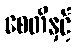
စေတီနှင့်